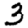
Digit: 3